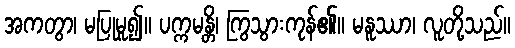
အကတွာ၊ မပြုမူ၍။ ပက္ကမန္တိ၊ ကြွသွားကုန်၏။ မနူဿာ၊ လူတို့သည်။